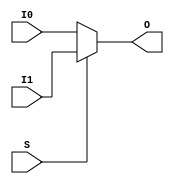
///////////////////////////////////////////////////////
//     Copyright (c) 2011 Xilinx Inc.
// 
//    Licensed under the Apache License, Version 2.0 (the "License");
//    you may not use this file except in compliance with the License.
//    You may obtain a copy of the License at
// 
//        http://www.apache.org/licenses/LICENSE-2.0
// 
//    Unless required by applicable law or agreed to in writing, software
//    distributed under the License is distributed on an "AS IS" BASIS,
//    WITHOUT WARRANTIES OR CONDITIONS OF ANY KIND, either express or implied.
//    See the License for the specific language governing permissions and
//    limitations under the License.
///////////////////////////////////////////////////////
//
//   ____   ___
//  /   /\/   / 
// /___/  \  /     Vendor      : Xilinx 
// \  \    \/      Version     :  2012.2
//  \  \           Description : 
//  /  /                      
// /__/   /\       Filename    : MUXF9.uniprim.v
// \  \  /  \ 
//  \__\/\__ \                    
//                                 
//  Generated by :	/home/unified/chen/g2ltw/g2ltw.pl
//  Revision:		1.0
//  09/26/12 - 680234 - ncsim compile error
///////////////////////////////////////////////////////

`timescale 1 ps / 1 ps 

`celldefine

module MUXF9
  `ifdef XIL_TIMING //Simprim 
#(
  parameter LOC = "UNPLACED"
)
  `endif
(
  output O,

  input I0,
  input I1,
  input S
);

    reg O_out;

    always @(I0 or I1 or S)
        if (S)
            O_out = I1;
        else
            O_out = I0;

    assign O = O_out;

`ifdef XIL_TIMING

    specify


        (I0 => O) = (0:0:0, 0:0:0);
        (I1 => O) = (0:0:0, 0:0:0);
        (S => O) = (0:0:0, 0:0:0);
        specparam PATHPULSE$ = 0;


    endspecify

`endif

endmodule

`endcelldefine